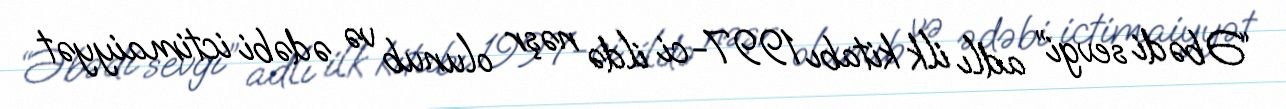
“Əbədi sevgi” adlı ilk kitabı 1997-ci ildə nəşr olunub və ədəbi ictimaiyyət